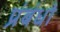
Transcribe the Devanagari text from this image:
प्रंबंधो